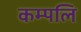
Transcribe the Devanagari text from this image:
कम्पलि